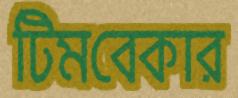
টিমবেকার